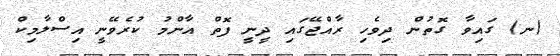
(ނ) ގައިވާ ގޮތުން ދިވެހި ރާއްޖޭގައި ދީނީ ފޮތް އާންމު ކުރެވޭނީ އިސްލާމިކް